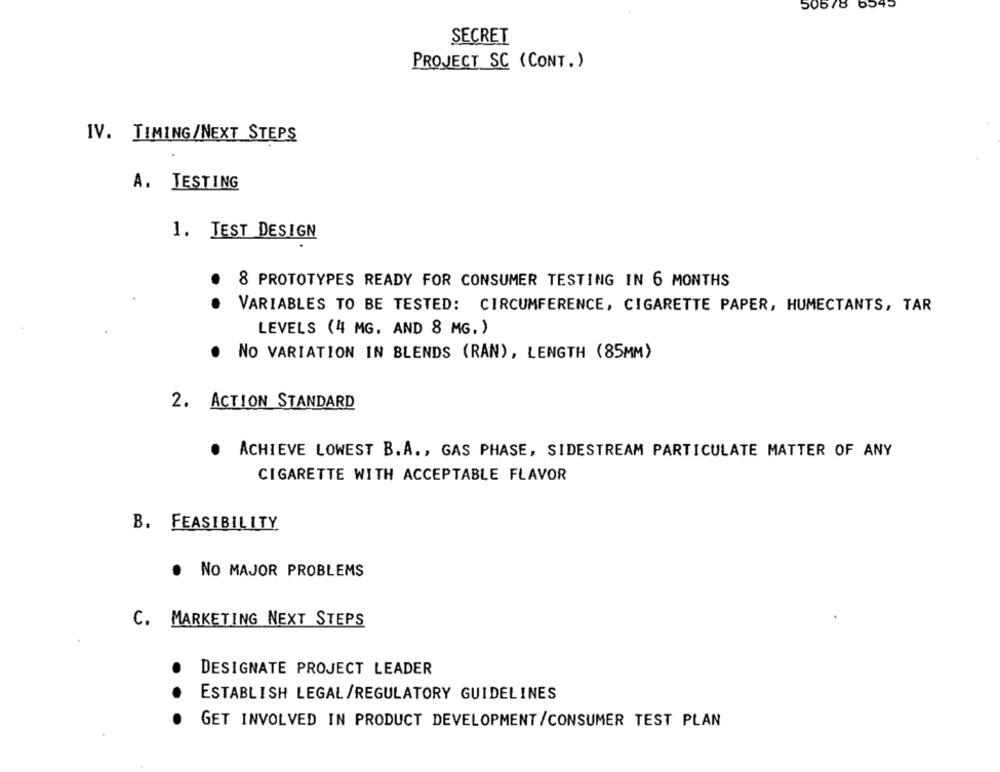
50678
5545
SECRET
PROJECT SC (CONT. )
IV. TIMING/NEXT STEPS
A. TESTING
1. TEST DESIGN
8 PROTOTYPES READY FOR CONSUMER TESTING IN 6 MONTHS
VARIABLES TO BE TESTED: CIRCUMFERENCE, CIGARETTE PAPER, HUMECTANTS, TAR
LEVELS (4 MG. AND 8 MG. )
.
NO VARIATION IN BLENDS (RAN), LENGTH (85MM)
2. ACTION STANDARD
.
ACHIEVE LOWEST B. A ., GAS PHASE, SIDESTREAM PARTICULATE MATTER OF ANY
CIGARETTE WITH ACCEPTABLE FLAVOR
B. FEASIBILITY
. NO MAJOR PROBLEMS
C. MARKETING NEXT STEPS
DESIGNATE PROJECT LEADER
ESTABLISH LEGAL/REGULATORY GUIDELINES
GET INVOLVED IN PRODUCT DEVELOPMENT /CONSUMER TEST PLAN